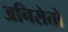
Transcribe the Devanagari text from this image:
अनिसेतो